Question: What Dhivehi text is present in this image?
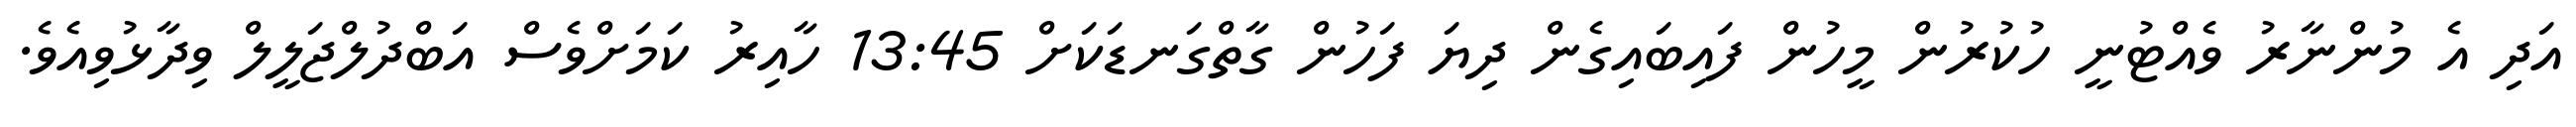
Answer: އަދި އެ މުންނާރު ވެއްޓުނީ ހުކުރުން މީހުން ފައިބައިގެން ދިޔަ ފަހުން ގާތްގަނޑަކަށް 13:45 ހާއިރު ކަމަށްވެސް އަބްދުލްޖަލީލް ވިދާޅުވިއެވެ.